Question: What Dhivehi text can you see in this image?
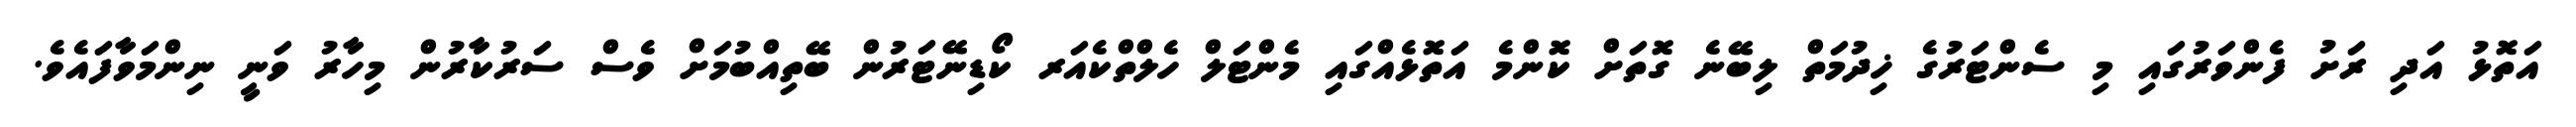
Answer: އަތޮޅު އަދި ރަށު ފެންވަރުގައި މި ސެންޓަރުގެ ޚިދުމަތް ލިބޭނެ ގޮތަށް ކޮންމެ އަތޮޅެއްގައި މެންޓަލް ހެލްތްކެއަރ ކޯޑިނޭޓަރުން ބޭތިއްބުމަށް ވެސް ސަރުކާރުން މިހާރު ވަނީ ނިންމަވާފައެވެ.